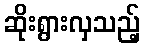
ဆိုးရွားလှသည့်